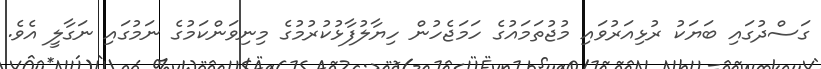
ގަސްދުގައި ބަޔަކު ރުޅިއަރުވައި މުޖުތަމައުގެ ހަމަޖެހުން ހިޔާލުފާޅުކުރުމުގެ މިނިވަންކަމުގެ ނަމުގައި ނަގާލީ އެވެ.